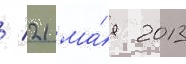
/ 21 ма́я 2013